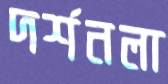
দর্শনলা